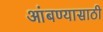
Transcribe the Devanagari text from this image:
आंबण्यासाठी